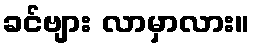
ခင်ဗျား လာမှာလား။